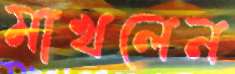
মাখলেন